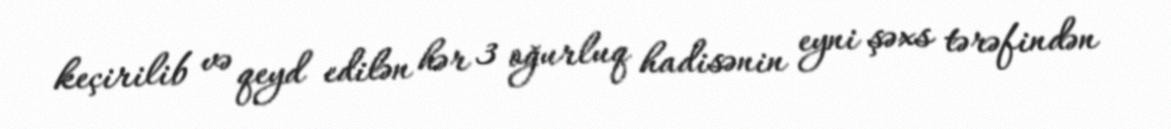
keçirilib və qeyd edilən hər 3 oğurluq hadisənin eyni şəxs tərəfindən